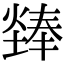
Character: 㷯